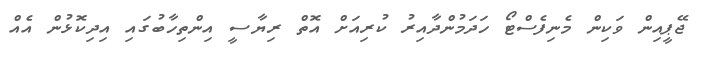
ޖޭޕީއިން ވަކިން މެނިފެސްޓޯ ހަދަމުންދާއިރު ކުރިއަށް އޮތް ރިޔާސީ އިންތިހާބުގައި އިދިކޮޅުން އެއް